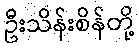
ဦးသိန်းစိန်တို့